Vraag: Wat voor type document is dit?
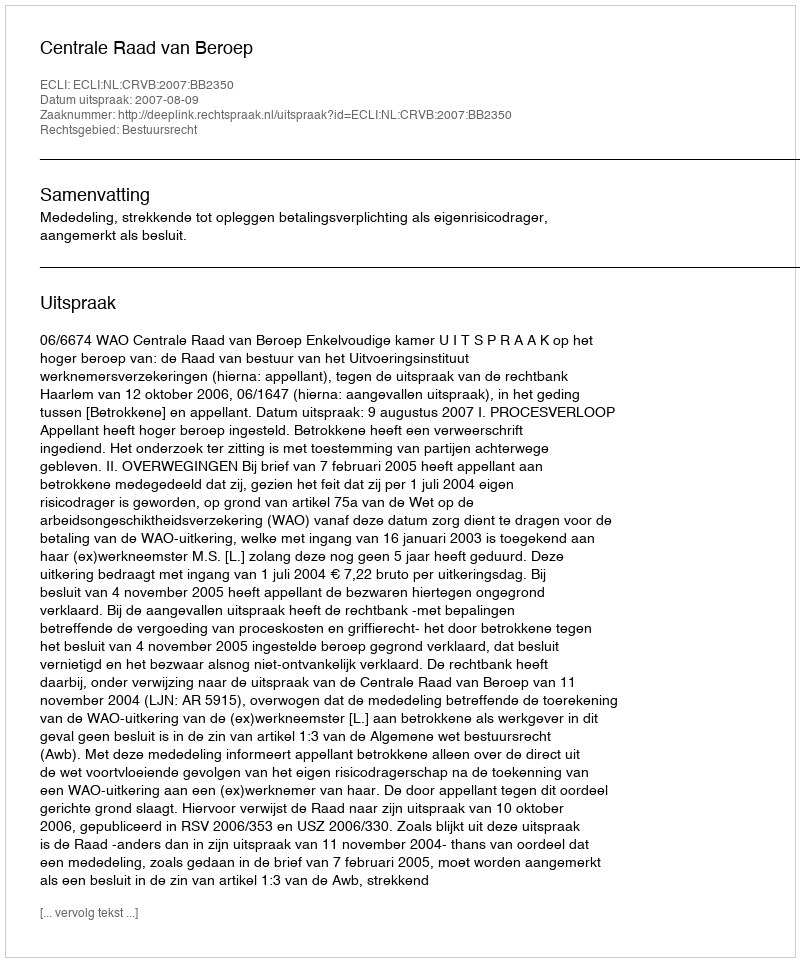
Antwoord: Uitspraak